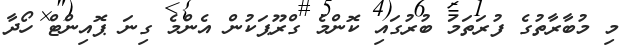
މި މުބާރާތުގެ ފުރަތަމަ ބުރުގައި ކޮންމެ ގްރޫޕަކުން އެންމެ ގިނަ ޕޮއިންޓް ހޯދާ